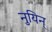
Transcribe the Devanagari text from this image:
नुयिन्